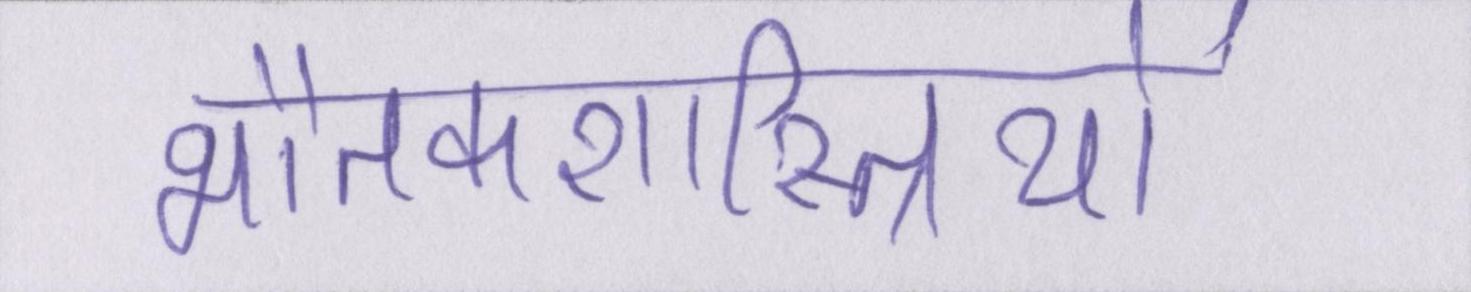
भौतकशास्त्रियों